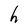
Character: h